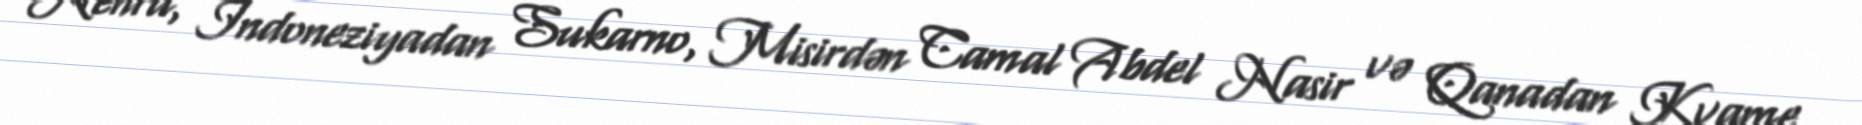
Nehru, İndoneziyadan Sukarno, Misirdən Camal Abdel Nasir və Qanadan Kvame